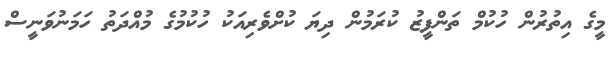
މީގެ އިތުރުން ހުކުމް ތަންފީޒު ކުރަމުން ދިޔަ ކުށްވެރިއަކު ހުކުމުގެ މުއްދަތު ހަމަނުވަނީސް